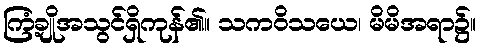
ကြံ့ချိုအသွင်ရှိကုန်၏။ သကဝိသယေ၊ မိမိအရာ၌။